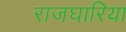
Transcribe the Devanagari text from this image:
राजघारिया